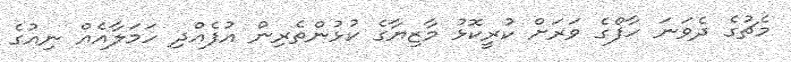
މެޗުގެ ދެވަނަ ހާފްގެ ވަރަށް ކުރީކޮޅު މާޒިޔާގެ ކުޅުންތެރިން އުފެއްދި ހަމަލާއެއް ނިއުގެ